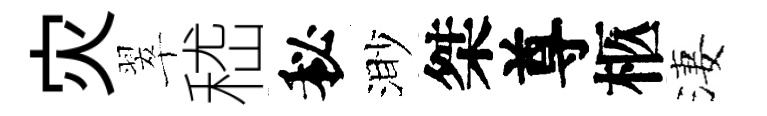
灾翠嵇秘渺桀尊柩淒